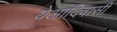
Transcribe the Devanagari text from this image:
येआदिवासी